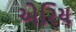
એરિય